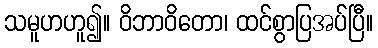
သမူဟဟူ၍။ ဝိဘာဝိတော၊ ထင်စွာပြအပ်ပြီ။